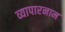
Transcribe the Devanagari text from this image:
व्यापारनाम